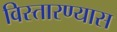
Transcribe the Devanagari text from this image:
विस्तारण्यास